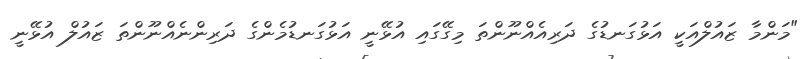
"މަންމާ ޒައުލްއަކީ އަޅުގަނޑުގެ ދަރިއެއްނޫންތަ މިގޭގައި އުޅޭނީ އަޅުގަނޑުމެންގެ ދަރިންނެއްނޫންތަ ޒައުލް އުޅޭނީ